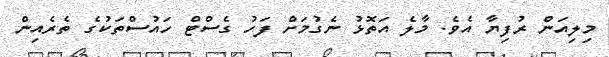
މިލިއަން ރުފިޔާ އެވެ. މާލެ އަތޮޅު ނެގުމަށް ފަހު ގެސްޓް ހައުސްތަކުގެ ތެރެއިން